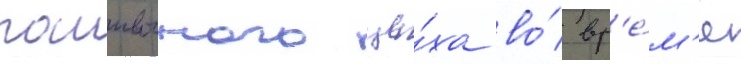
пошивочного це́ха во́ вр'е́м'я